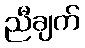
ညီချက်